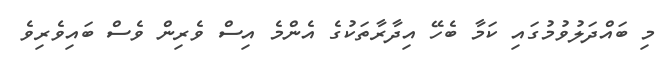
މި ބައްދަލުވުމުގައި ކަމާ ބެހޭ އިދާރާތަކުގެ އެންމެ އިސް ވެރިން ވެސް ބައިވެރިވެ